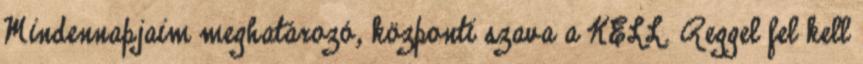
Mindennapjaim meghatározó, központi szava a KELL. Reggel fel kell